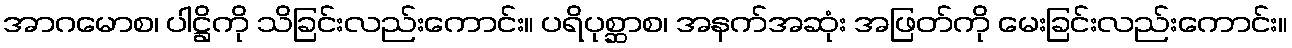
အာဂမောစ၊ ပါဋ္ဌိကို သိခြင်းလည်းကောင်း။ ပရိပုစ္ဆာစ၊ အနက်အဆုံး အဖြတ်ကို မေးခြင်းလည်းကောင်း။